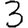
Digit: 3